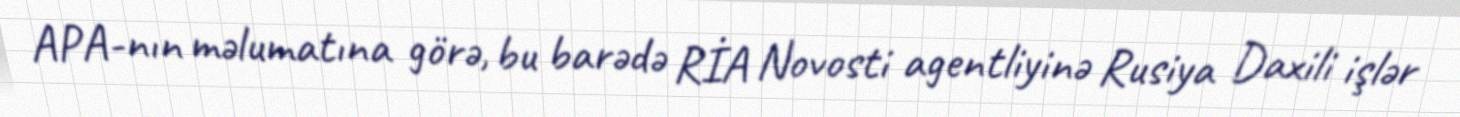
APA-nın məlumatına görə, bu barədə RİA Novosti agentliyinə Rusiya Daxili işlər